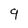
Character: 9